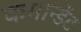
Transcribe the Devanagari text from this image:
कमान्डेंट